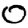
Digit: 0